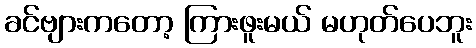
ခင်ဗျားကတော့ ကြားဖူးမယ် မဟုတ်ပေဘူး